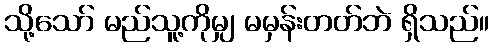
သို့သော် မည်သူ့ကိုမျှ မမှန်းတတ်ဘဲ ရှိသည်။